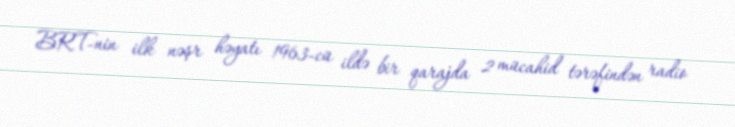
BRT-nin ilk nəşr həyatı 1963-cü ildə bir qarajda 2 mücahid tərəfindən radio